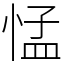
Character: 𢛴